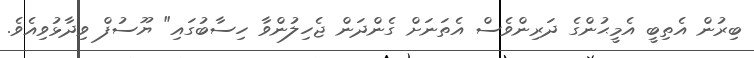
ބިރުން އެތިބީ އެމީޙުންގެ ދަރިންވެސް އެތަނަށް ގެންދަން ޖެހިލުންވާ ހިސާބުގައި" ޔޫސުފް ވިދާޅުވިއެވެ.